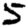
Digit: 5